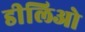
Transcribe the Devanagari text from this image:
डीलिओ